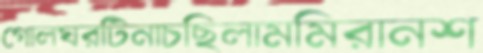
গোলঘরটিনাচছিলামমিরানশ